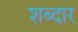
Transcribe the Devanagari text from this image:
शब्दार